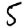
Digit: 5